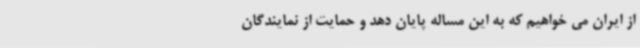
از ایران می خواهیم که به این مساله پایان دهد و حمایت از نمایندگان